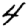
Digit: 4